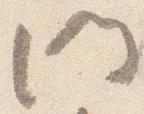
門